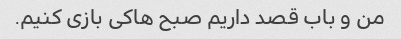
من و باب قصد داریم صبح هاکی بازی کنیم.